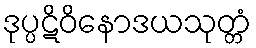
ဒုပ္ပဋိဝိနောဒယသုတ္တံ